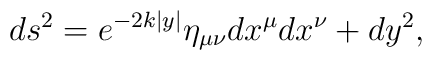
ds^2 = e^{-2k|y|} \eta_{\mu\nu} dx^\mu dx^\nu + dy^2,